Lunatic asylums in Bengal annual reports 1888-1898 - 1888-1898
Year: 1888
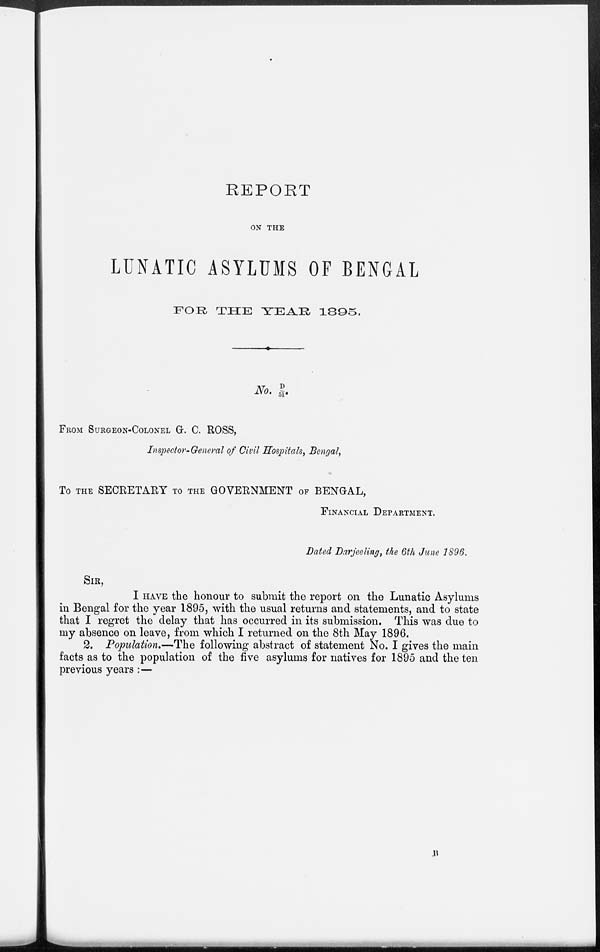
REPORT
ON THE
LUNATIC ASYLUMS OF BENGAL
FOR
THE
YEAR
1895.
No. D/51.
FROM SURGEON-COLONEL G. C. ROSS,
Inspector-General of Civil Hospitals, Bengal,
To THE SECRETARY TO THE GOVERNMENT OF BENGAL,
FINANCIAL DEPARTMENT.
Dated Darjeeling, the 6th June 1896.
SIR,
I HAVE the honour to submit the report on the Lunatic Asylums
in Bengal for the year 1895, with the usual returns and statements, and to state
that I regret the delay that has occurred in its submission. This was due to
my absence on leave, from which I returned on the 8th May 1896.
2. Population.—The following abstract of statement No. I gives the main
facts as to the population of the five asylums for natives for 1895 and the ten
previous years :—
B